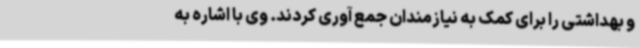
و بهداشتی را برای کمک به نیازمندان جمع آوری کردند. وی با اشاره به